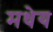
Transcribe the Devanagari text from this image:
मधेय